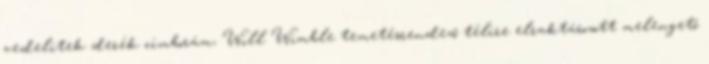
vedelitek derék cimborám, Will Wimble temetésrendező télire elraktározott melengető